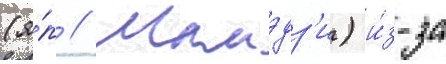
(я́п // Мамэдз'и) и́з-за